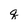
Character: q